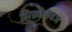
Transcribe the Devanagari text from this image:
मिक्रोवेवज